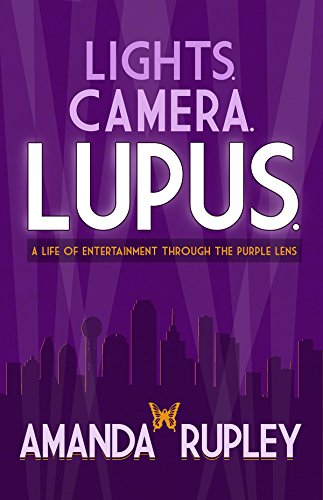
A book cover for Lights. Camera. Lupus. A Life of Entertainment Through the Purple Lens.; Amanda Rupley; Health, Fitness & Dieting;